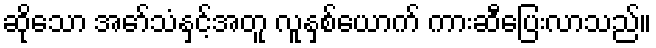
ဆိုသော အော်သံနှင့်အတူ လူနှစ်ယောက် ကားဆီပြေးလာသည်။